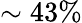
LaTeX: \sim 43\%